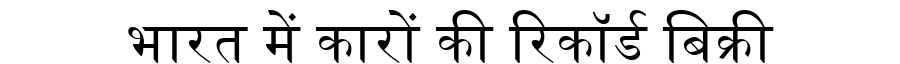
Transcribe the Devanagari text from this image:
भारत में कारों की रिकॉर्ड बिक्री